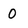
Character: 0